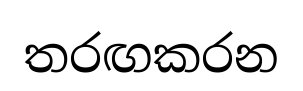
තරඟකරන